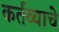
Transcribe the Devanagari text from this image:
कर्तव्याचे